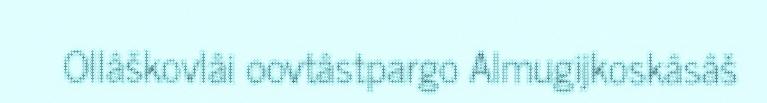
Ollâškovlâi oovtâstpargo Almugijkoskâsâš